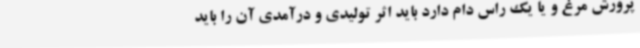
پرورش مرغ و یا یک راس دام دارد باید اثر تولیدی و درآمدی آن را باید